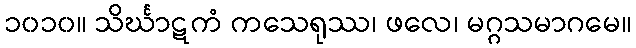
၁၀၁၀။ သိင်္ဃာဋကံ ကသေရုဿ၊ ဖလေ၊ မဂ္ဂသမာဂမေ။